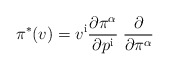
\begin{align*}\pi^*(v) = v^{\mathrm{i}} {\partial \pi^\alpha\over \partial p^{\mathrm{i}}}\; {\partial\over \partial \pi^\alpha}\end{align*}